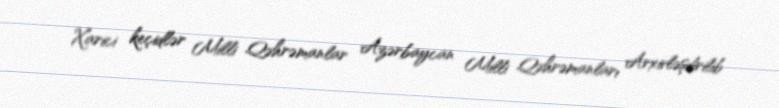
Xarici keçidlər Milli Qəhrəmanlar Azərbaycan Milli Qəhrəmanları Arxivləşdirilib